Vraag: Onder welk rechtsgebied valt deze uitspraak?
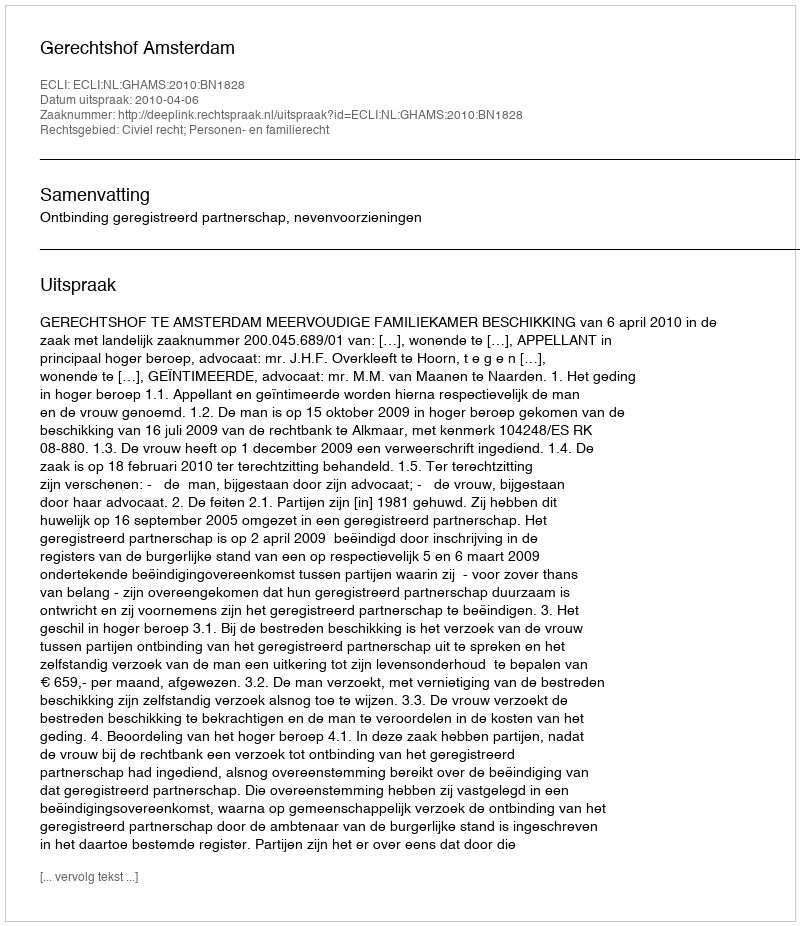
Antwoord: Civiel recht; Personen- en familierecht